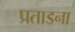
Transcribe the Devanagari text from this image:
प्रताडना